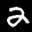
Label: 2